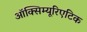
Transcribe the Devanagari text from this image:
ऑक्सिम्यूरिएटिक